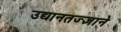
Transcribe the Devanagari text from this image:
उद्यानतज्ज्ञाने